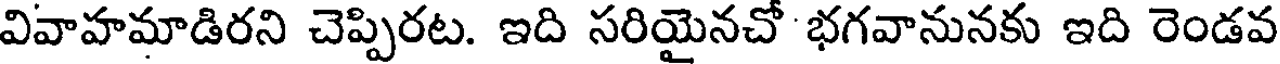
వివాహమాడిరని చెప్పిరట. ఇది సరియైనచో భగవానునకు ఇది రెండవ